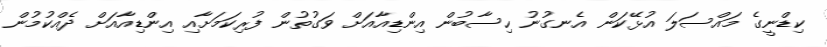
ކިޑްނީގެ މައްސަލަ އުޅޭކަން އެނގުނު ހިސާބުން އިންޑިއާއަށް ވަގުތުން ފުރިކަމަށާއި އިންޑިއާއަށް ދެއްކުމުން